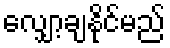
လျှော့ချနိုင်မည်